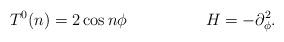
LaTeX: \begin{align*}T^0(n) = 2\cos{n{\phi}} \hspace*{2cm} H = - \partial^2_{\phi}.\end{align*}